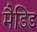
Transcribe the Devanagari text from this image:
मैडिड